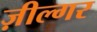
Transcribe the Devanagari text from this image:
ज़ील्‍गर